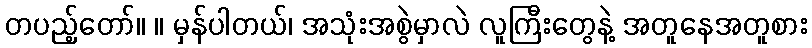
တပည့်တော်။ ။ မှန်ပါတယ်၊ အသုံးအစွဲမှာလဲ လူကြီးတွေနဲ့ အတူနေအတူစား